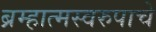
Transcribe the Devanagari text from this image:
ब्रम्हात्मस्वरुपाचे